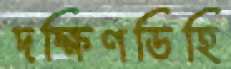
দক্ষিণডিহি